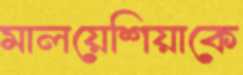
মালয়েশিয়াকে